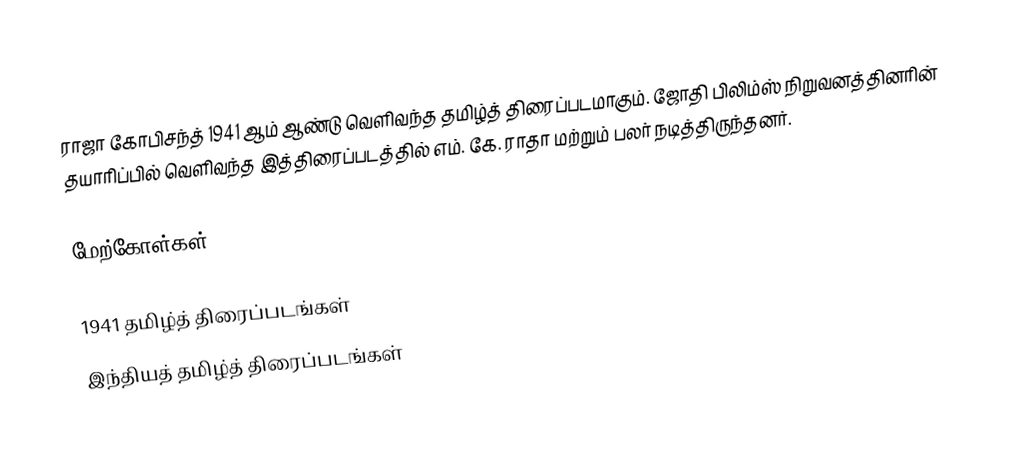
ராஜா கோபிசந்த் 1941 ஆம் ஆண்டு வெளிவந்த தமிழ்த் திரைப்படமாகும். ஜோதி பிலிம்ஸ் நிறுவனத்தினரின் தயாரிப்பில் வெளிவந்த இத்திரைப்படத்தில் எம். கே. ராதா மற்றும் பலர் நடித்திருந்தனர்.

மேற்கோள்கள்

1941 தமிழ்த் திரைப்படங்கள்
இந்தியத் தமிழ்த் திரைப்படங்கள்